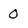
Character: 0